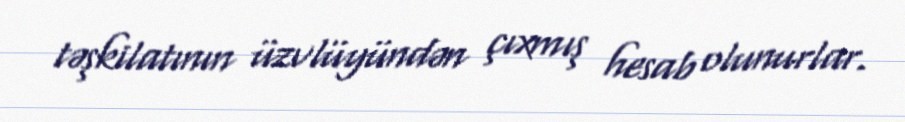
təşkilatının üzvlüyündən çıxmış hesab olunurlar.